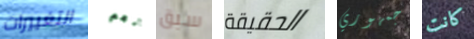
التغييرات نعم سبق الحقيقة جمهوري كانت